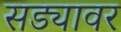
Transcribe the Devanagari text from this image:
सड्यावर